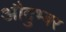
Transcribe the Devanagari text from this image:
औदुभ्बर